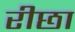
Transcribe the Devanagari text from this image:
रीछा